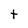
Character: t